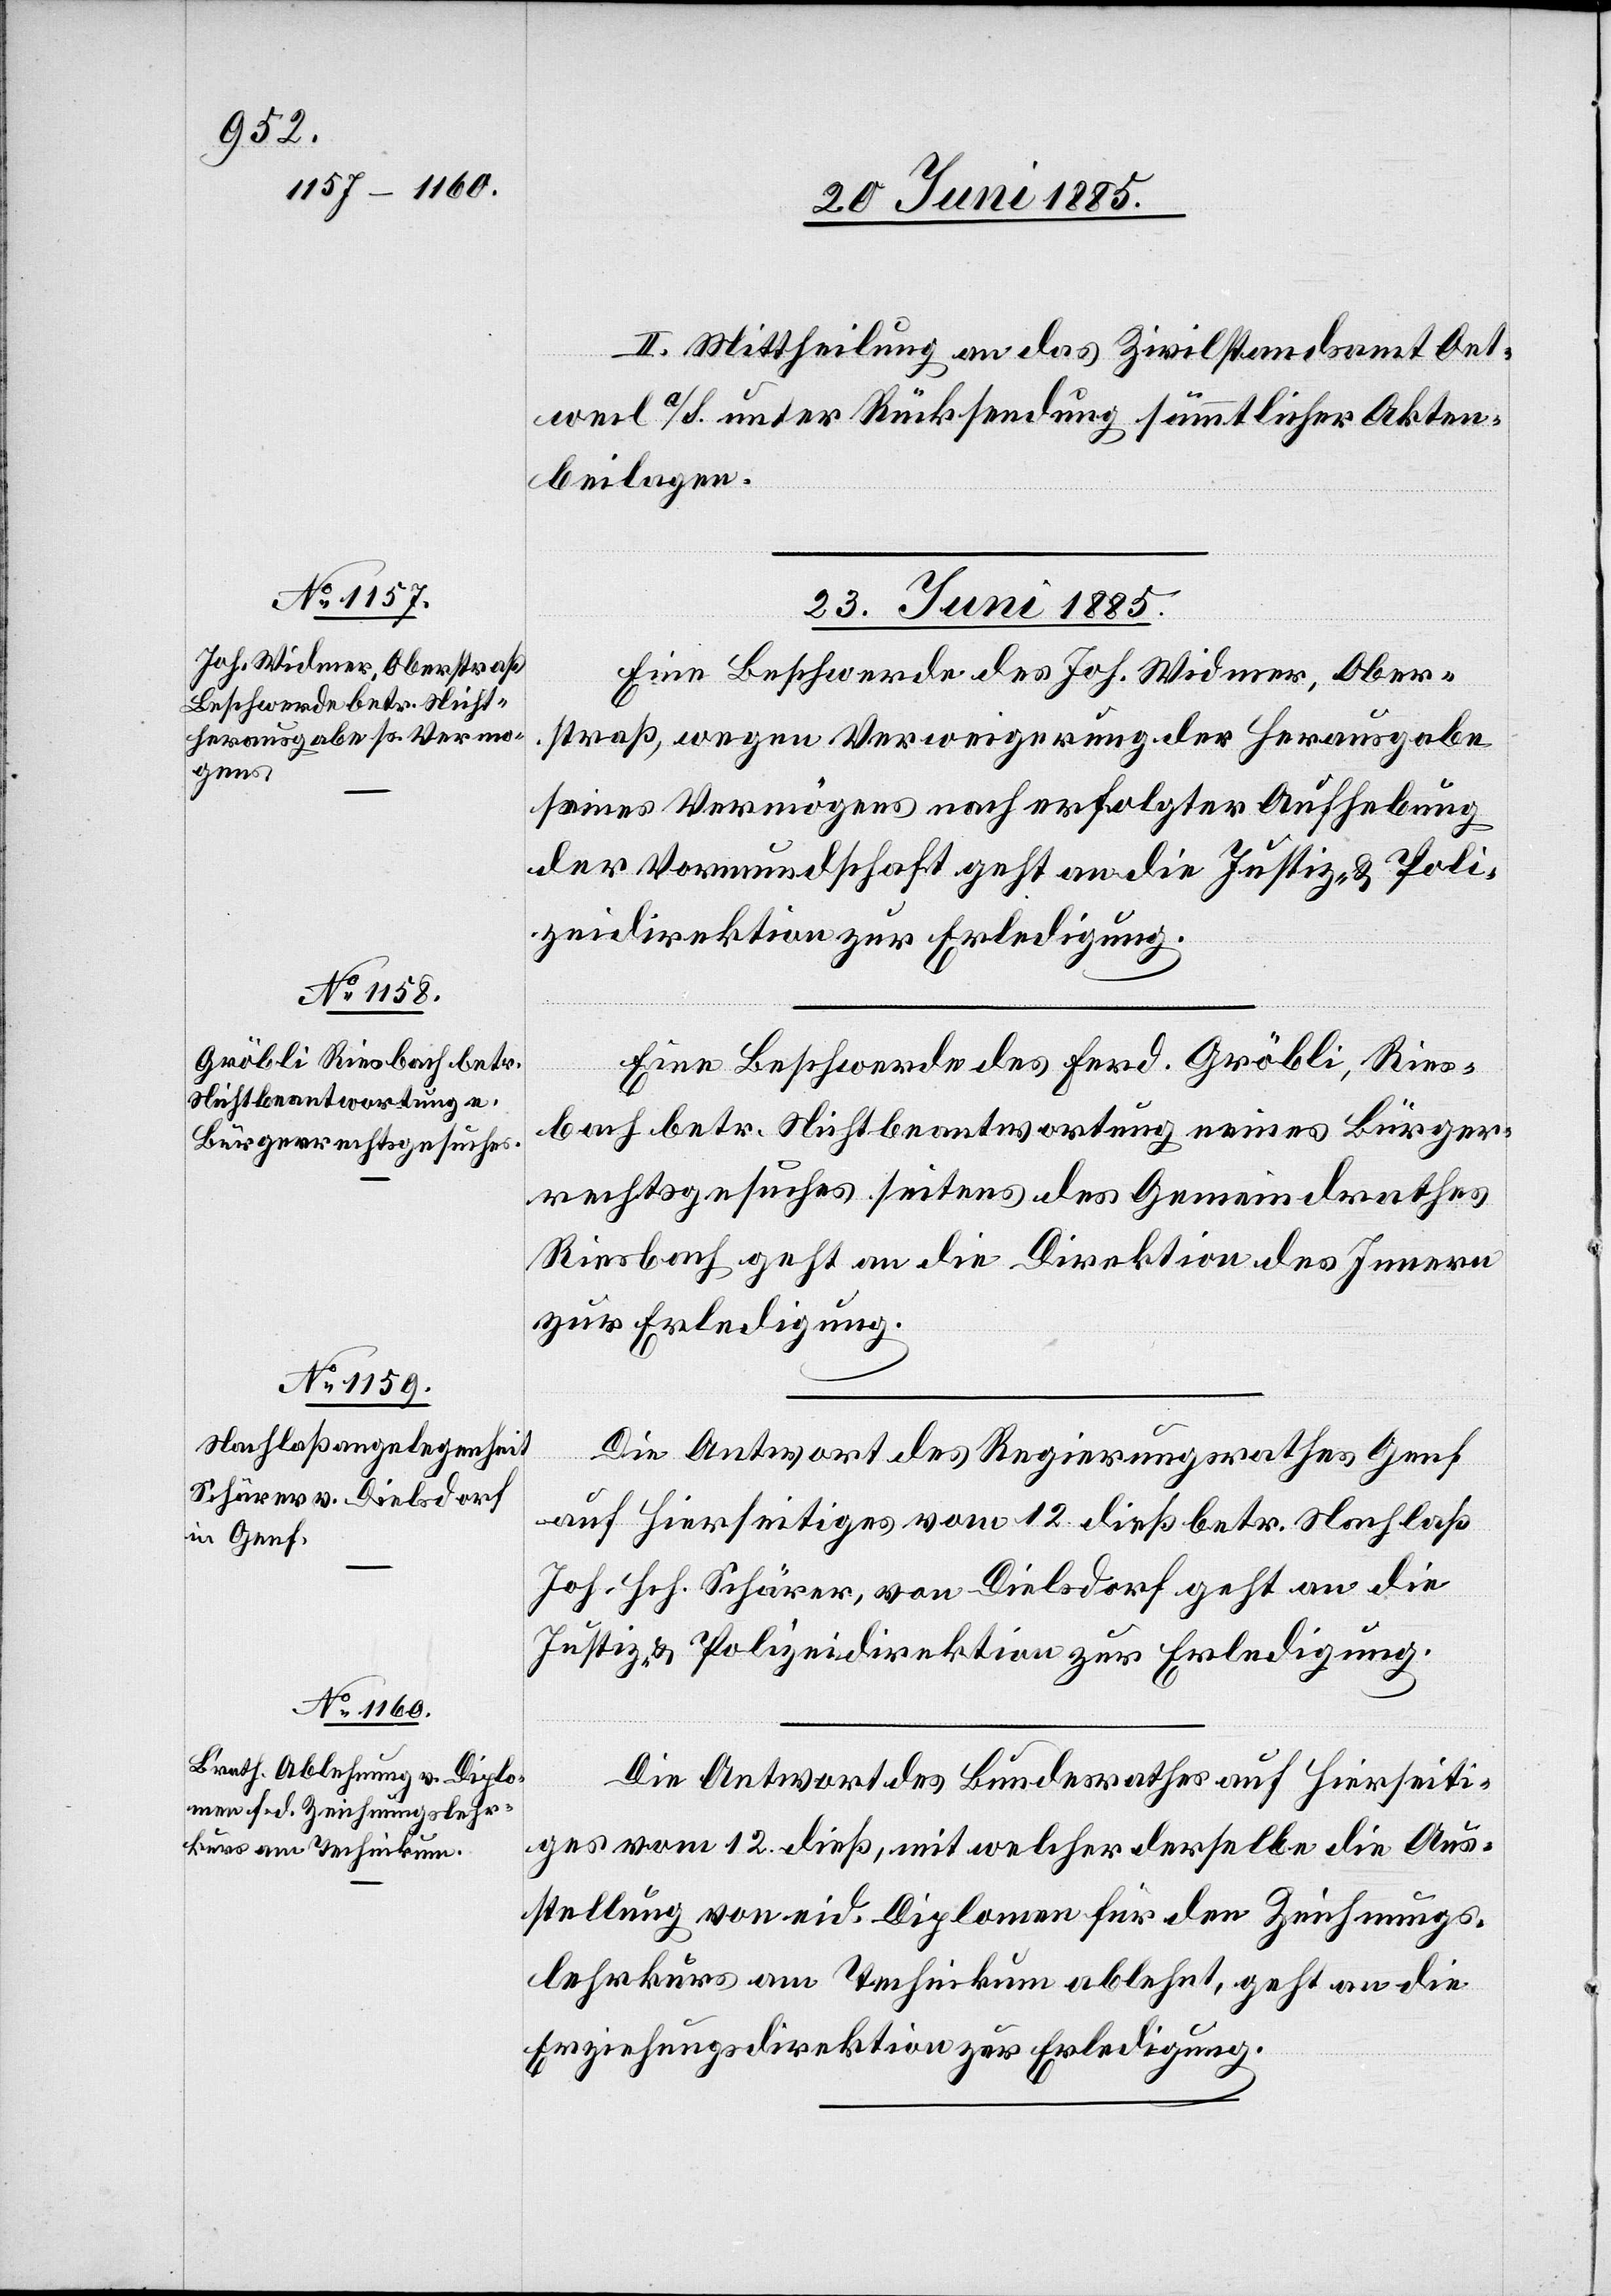
II. Mittheilung an das Zivilstandsamt Oet¬
weil a/S. unter Rücksendung sämmtlicher Akten¬
beilagen.
23. Juni 1885.]
Eine Beschwerde des Joh. Widmer, Ober¬
straß, wegen Verweigerung der Herausgabe
seines Vermögens nach erfolgter Aufhebung
der Vormundschaft geht an die Justiz- & Poli¬
zeidirektion zur Erledigung.
Eine Beschwerde des Ferd. Gröbli, Ries¬
bach betr. Nichtbeantwortung eines Bürger¬
rechtsgesuches seitens des Gemeindrathes
Riesbach geht an die Direktion des Innern
zur Erledigung.
Die Antwort des Regierungsrathes Genf
auf hierseitiges vom 12. dieß betr. Nachlaß
Joh. Hch. Schärer, von Dielsdorf geht an die
Justiz- & Polizeidirektion zur Erledigung.
Die Antwort des Bundesrathes auf hierseiti¬
ges vom 12. dieß, mit welcher derselbe die Aus¬
stellung von eid. Diplomen für den Zeichnungs¬
lehrkurs am Technikum ablehnt, geht an die
Erziehungsdirektion zur Erledigung.